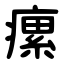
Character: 瘰